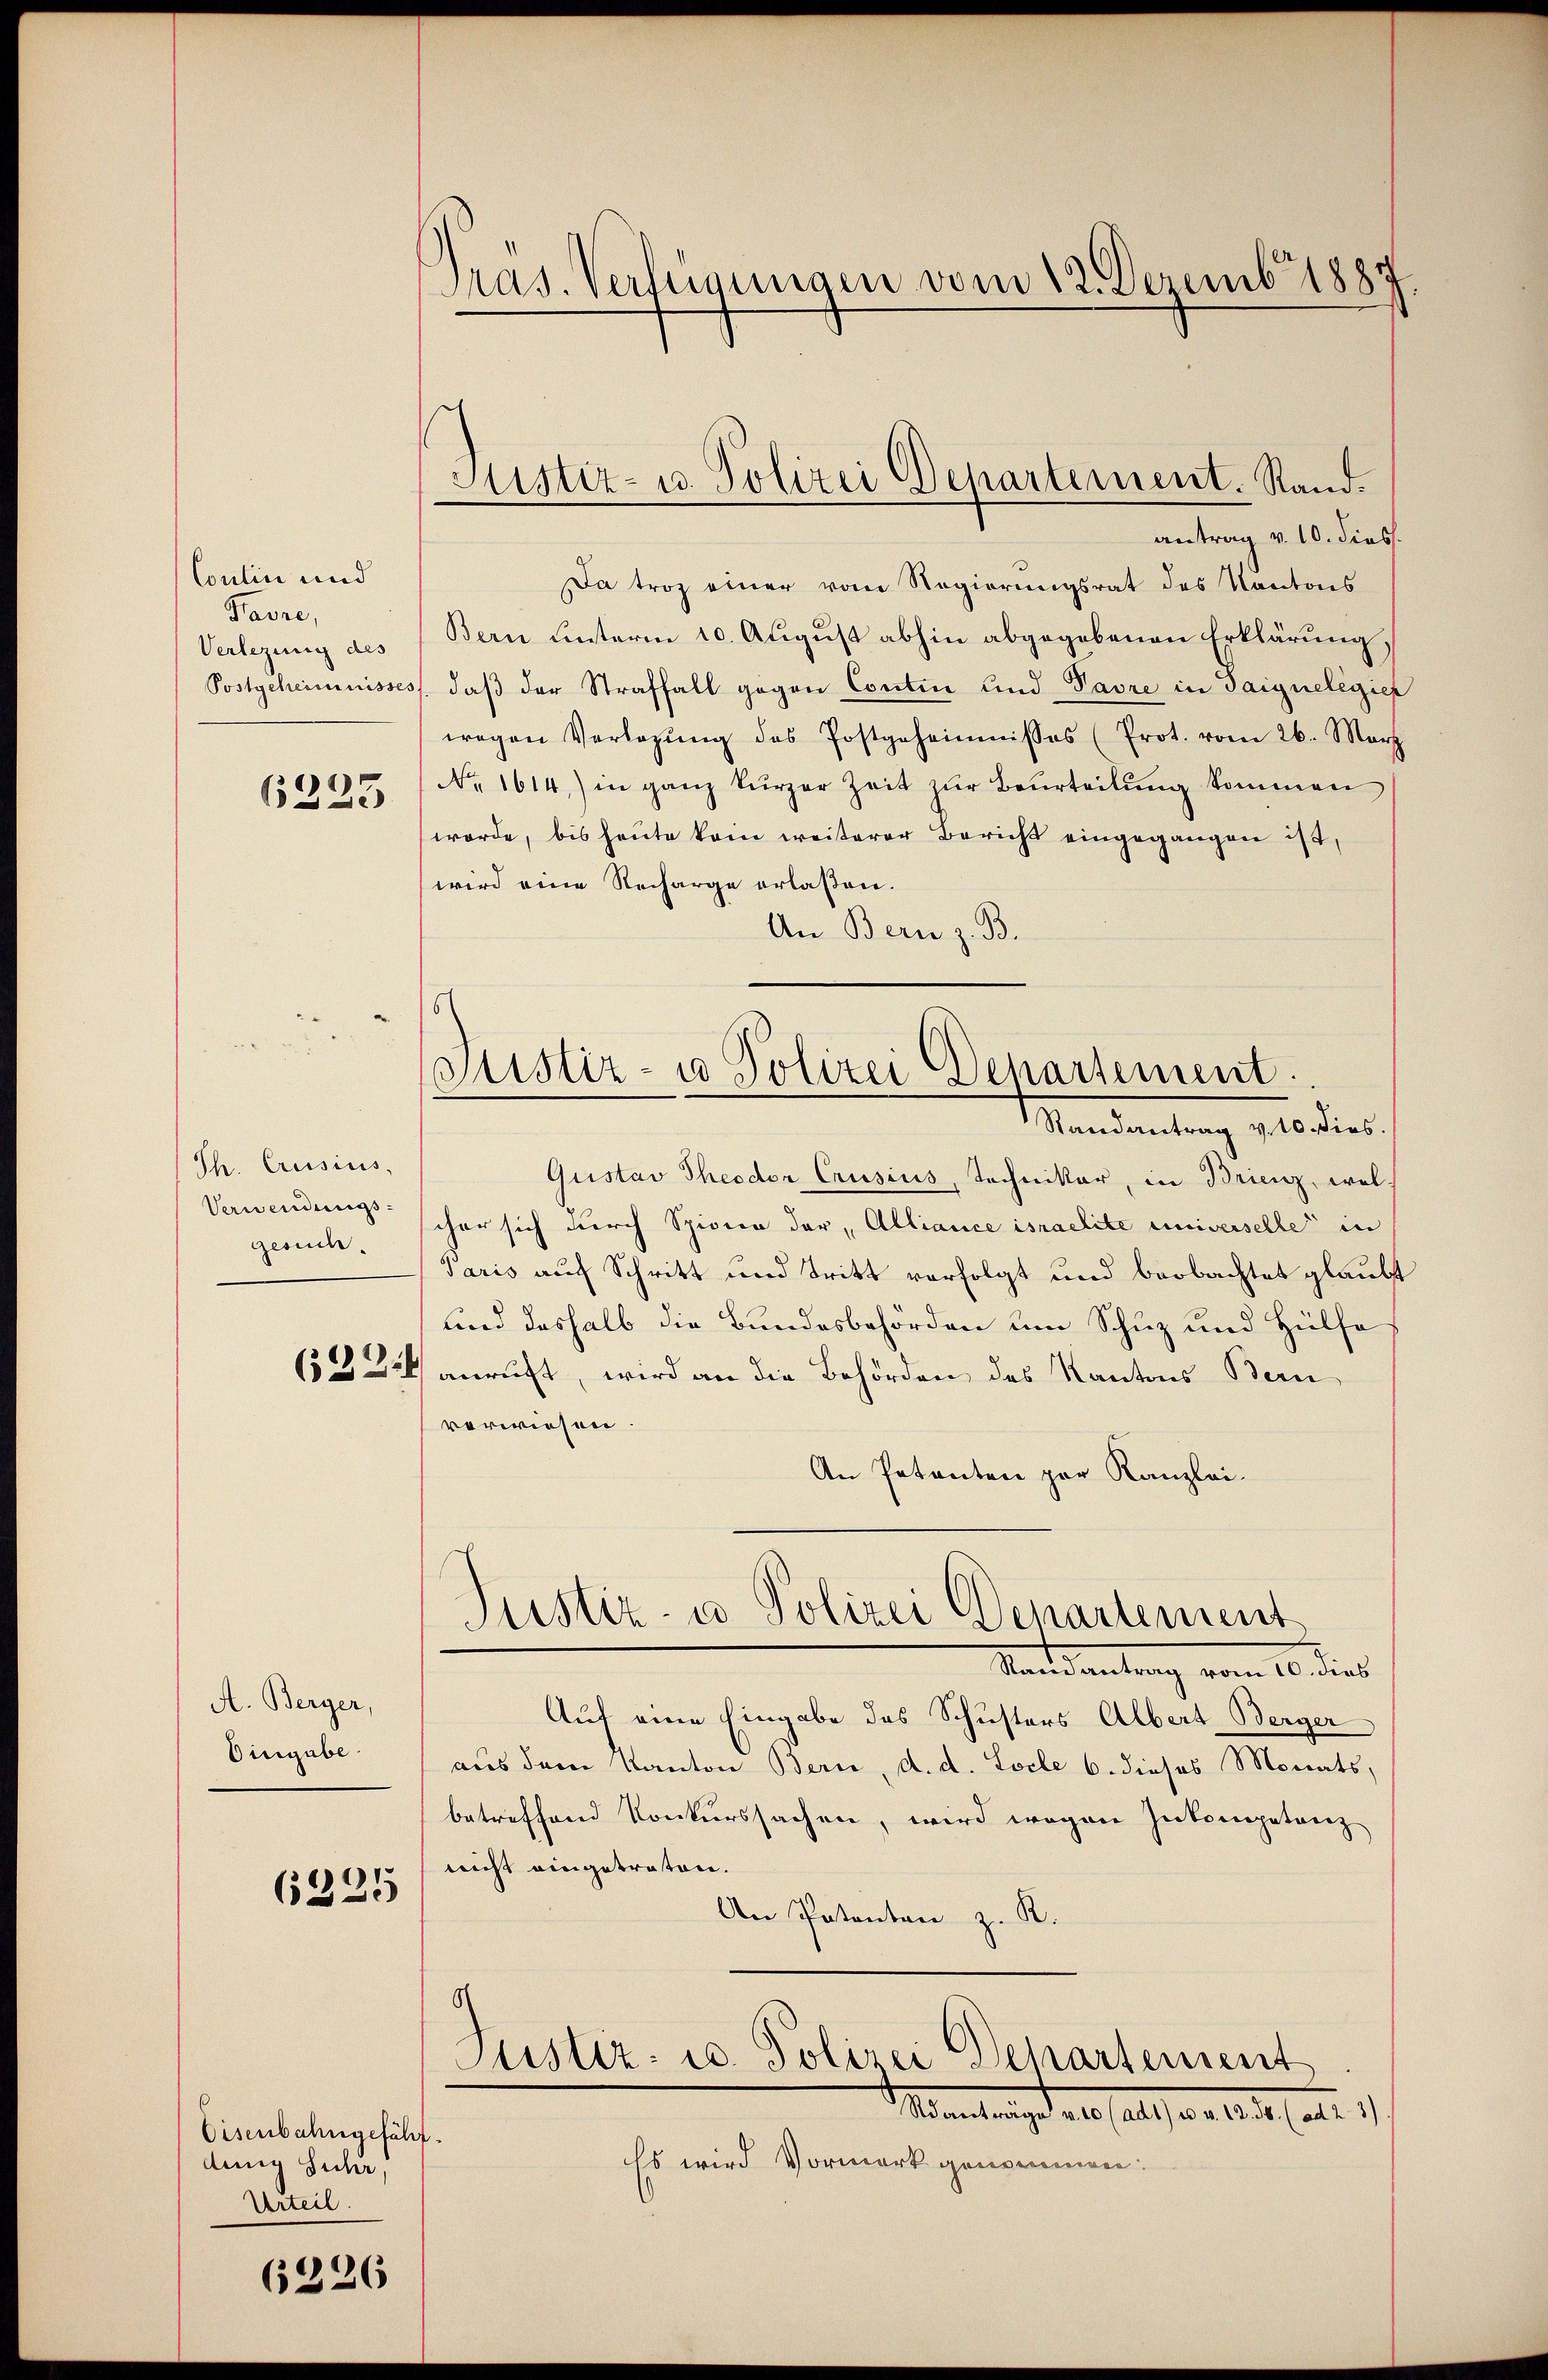
Coulin und
Favre,
Verlegung des
Postgeheimnisses

6225

Th. Creisius,
Verwendungsgesuch.

(23.

A. Berger,
Eingabe.

6225

Eisenbahngefähr
dung Suhr,
Urteil.

6226

Präs. Verlegungen vom 12. Dezemb. 1889.

Justiz- u. Polizei Departement. Stand.

Justiz- u Polizei Departement.
Randantrag v. 10 dies.

antrag v. 10. diess.
Da troz einer vom Regierŭngsrat des Kantons
Bern unterm 10. August abhin abgegebenen Erklärung,
daß der Straffall gegen Contin und Pavre in Taignelegier
wegen Verlegŭng des Postgeheimnisses (Prot. vom 26. März
No 1614) in ganz kurzer Zeit zŭr Beurteilŭng kommen
worde, bis heute kam weiterer Bericht eingegangen ist,
wird eine Recharge erlaßen.
An Bern z. B.
Gustav Theodor Crusius, Techniker, in Brienz, welscher sich durch Spicier der Alliance israelite universelle in
Paris auf Schritt und Tritt verfolgt und beobachtet glaubt
und deshalb die Bundesbehörden um Schuz und Hülfe
anruft, wird an die Behörden des Kantons Bern
verwiesen.
An Petenten par Kanzlei-
Justiz- u Polizei Departement
Mandantung vom 10. dies
Auf eine Eingabe des Schusters Albert Berger
aus dem Kanton Bern, d. d. Loche 6. dieses Monats,
betreffend Konkurssachen, wird wegen Inkompetanz
nicht eingetraten.
An Patenten z. R.
0
Justiz- u. Polizei Departement
M antrage als als von 14. dat. 1
Es wird Vormerk genomeniren.